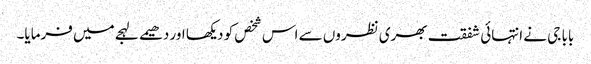
بابا جی نے انتہائی شفقت بھری نظروں سے اس شخص کو دیکھا اور دھیمے لہجے میں فرمایا۔